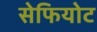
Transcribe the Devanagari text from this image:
सेफियोट